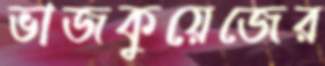
ভাজকুয়েজের